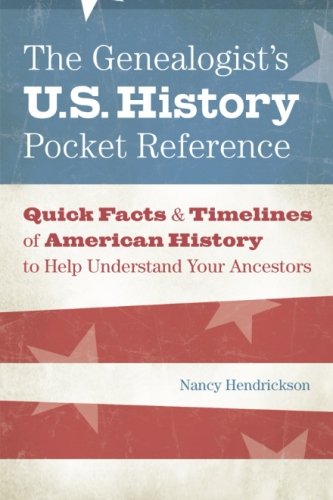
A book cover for The Genealogist's U.S. History Pocket Reference: Quick Facts & Timelines of American History to Help Understand Your Ancestors; Nancy Hendrickson; Reference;